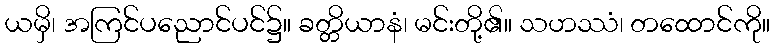
ယမှိ၊ အကြင်ပညောင်ပင်၌။ ခတ္တိယာနံ၊ မင်းတို့၏။ သဟဿံ၊ တထောင်ကို။